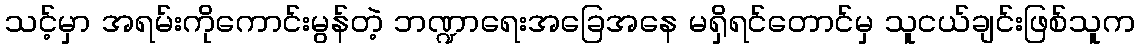
သင့်မှာ အရမ်းကိုကောင်းမွန်တဲ့ ဘဏ္ဍာရေးအခြေအနေ မရှိရင်တောင်မှ သူငယ်ချင်းဖြစ်သူက